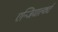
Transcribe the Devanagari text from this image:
एन्जियाल्कर्ट